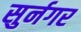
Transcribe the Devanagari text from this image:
सुर्नगर